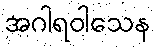
အဂါရဝါသေန